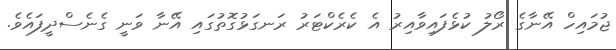
ޖުމައިހް އޭނާގެ ރޯލު ކުޅެފައިވާއިރު އެ ކެރެކްޓަރު ރަނގަޅުގޮތުގައި އޭނާ ވަނީ ގެނެސްދީފައެވެ.